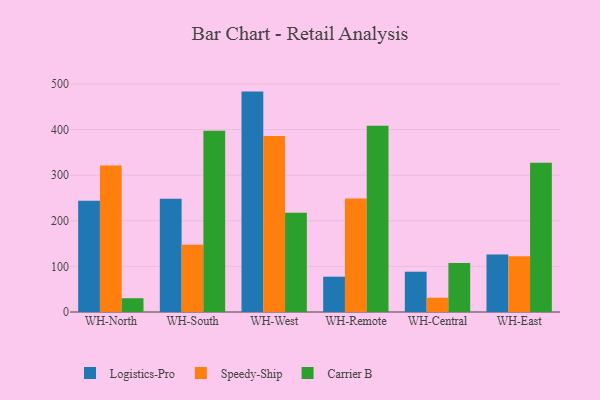
{"axis": {"x": "Warehouse", "y": "Customer Acquisition Cost (USD)"}, "legend": ["Carrier B", "Logistics-Pro", "Speedy-Ship"], "data": [{"x": "WH-North", "y": 243.7, "type": "Logistics-Pro"}, {"x": "WH-North", "y": 321.4, "type": "Speedy-Ship"}, {"x": "WH-North", "y": 30.2, "type": "Carrier B"}, {"x": "WH-South", "y": 248.1, "type": "Logistics-Pro"}, {"x": "WH-South", "y": 147.7, "type": "Speedy-Ship"}, {"x": "WH-South", "y": 397.4, "type": "Carrier B"}, {"x": "WH-West", "y": 483.2, "type": "Logistics-Pro"}, {"x": "WH-West", "y": 385.8, "type": "Speedy-Ship"}, {"x": "WH-West", "y": 217.6, "type": "Carrier B"}, {"x": "WH-Remote", "y": 77.4, "type": "Logistics-Pro"}, {"x": "WH-Remote", "y": 248.9, "type": "Speedy-Ship"}, {"x": "WH-Remote", "y": 408.3, "type": "Carrier B"}, {"x": "WH-Central", "y": 88.3, "type": "Logistics-Pro"}, {"x": "WH-Central", "y": 31.3, "type": "Speedy-Ship"}, {"x": "WH-Central", "y": 107.4, "type": "Carrier B"}, {"x": "WH-East", "y": 126.1, "type": "Logistics-Pro"}, {"x": "WH-East", "y": 122.1, "type": "Speedy-Ship"}, {"x": "WH-East", "y": 327.2, "type": "Carrier B"}]}